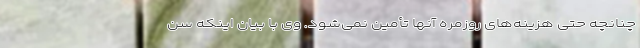
چنانچه حتی هزینه‌های روزمره آنها تأمین نمی‌شود. وی با بیان اینکه سن